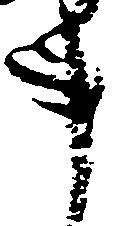
事